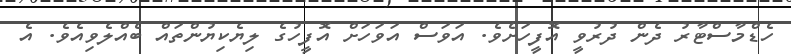
ހެޑްމާސްޓާރު ދެން ދުރުވީ އޮފީހަށެވެ. އަވަސް އަވަހަށް އޮފީހުގެ ލިޔެކިޔުންތައް ބެއްލެވިއެވެ. އެ